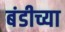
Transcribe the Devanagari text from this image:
बंडीच्या